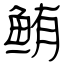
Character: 鲔